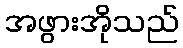
အဖွားအိုသည်